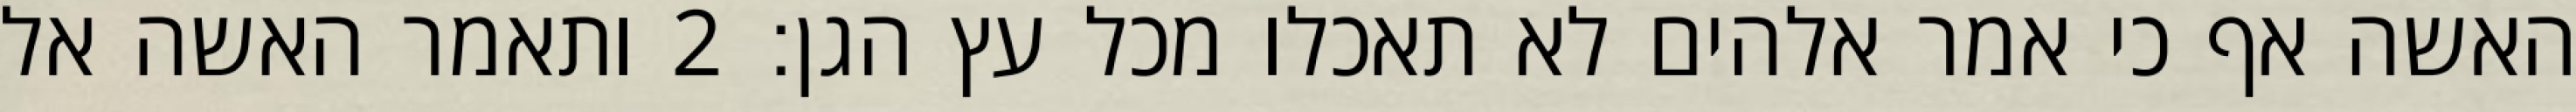
האשה אף כי אמר אלהים לא תאכלו מכל עץ הגן׃ ‎2‏ ותאמר האשה אל